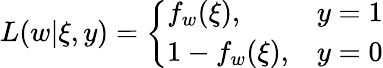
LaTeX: L(w|\xi,y)=\left\{ \begin{array}{ll}{f_{w}(\xi),}&{y=1}\\ {1-f_{w}(\xi),}&{y=0}\end{array}\right.